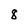
Character: 8